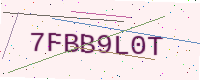
Text: 7FBB9L0T